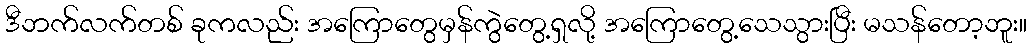
ဒီဘက်လက်တစ် ခုကလည်း အကြောတွေမှန်ကွဲတွေ့ရှလို့ အကြောတွေ့သေသွားပြီး မသန်တော့ဘူး။